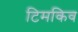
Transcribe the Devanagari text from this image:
टिमकिव